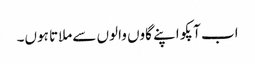
اب آپکو اپنے گاوں والوں سےملاتا ہوں۔